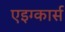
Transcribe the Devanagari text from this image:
एइग्कार्स